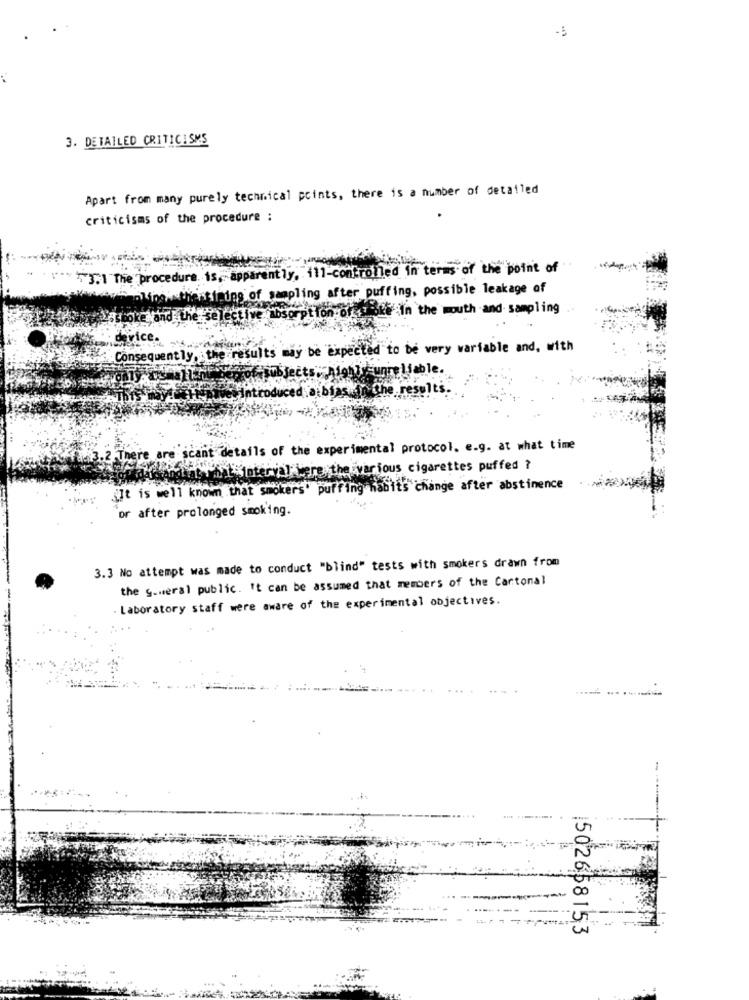
-5
3. DETAILED CRITICISMS
Apart from many purely technical points, there is a number of detailed
criticisms of the procedure :
3.1 The procedure. is, apparently, il1-controlled in terms of the point of
thing of sampling after puffing, possible leakage of
and the selective absorption of + oke In the mouth and sampling
e Expected to be very variable and, with
Consequent ly, the
sults
liable.
introduced bibias in Che results.
scant details of the experimental protocol. e.g. at what time
2. There are
Whisinterval were the various cigarettes puffed ?
i]t is well known that smokers' puffing habits change after abstinence
or after prolonged smoking.
3.3 No attempt was made to conduct "blind" tests with smokers drawn from
the gameral public. It can be assumed that members of the Cartonal
Laboratory staff were aware of the experimental objectives.
1502658153